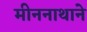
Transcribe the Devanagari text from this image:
मीननाथाने